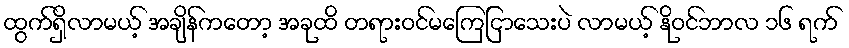
ထွက်ရှိလာမယ့် အချိန်ကတော့ အခုထိ တရားဝင်မကြေငြာသေးပဲ လာမယ့် နိုဝင်ဘာလ ၁၆ ရက်